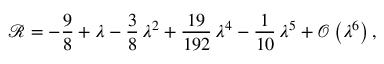
\mathcal { R } = - \frac { 9 } { 8 } + \lambda - \frac { 3 } { 8 } \, \lambda ^ { 2 } + \frac { 1 9 } { 1 9 2 } \, \lambda ^ { 4 } - \frac { 1 } { 1 0 } \, \lambda ^ { 5 } + \mathcal { O } \left( \lambda ^ { 6 } \right) ,